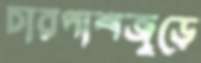
চারপাশজুড়ে